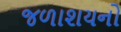
જળાશયનો